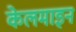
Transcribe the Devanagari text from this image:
केलमाइन